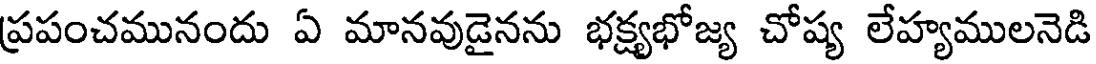
ప్రపంచమునందు ఏ మానవుడైనను భక్ష్యభోజ్య చోష్య లేహ్యములనెడి